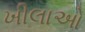
ખીલાઓ